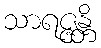
သာရဇ္ဇန္တိ